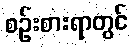
စဉ်းစားရာတွင်